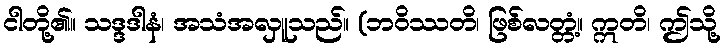
ငါတို့၏။ သဒ္ဒဒါနံ၊ အသံအလှူသည်။ (ဘဝိဿတိ၊ ဖြစ်လတ္တံ့။ ဣတိ၊ ဤသို့